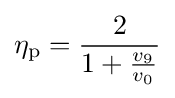
\eta _{\mathrm {p} }={\frac {2}{1+{\frac {v_{9}}{v_{0}}}}}